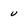
Character: u